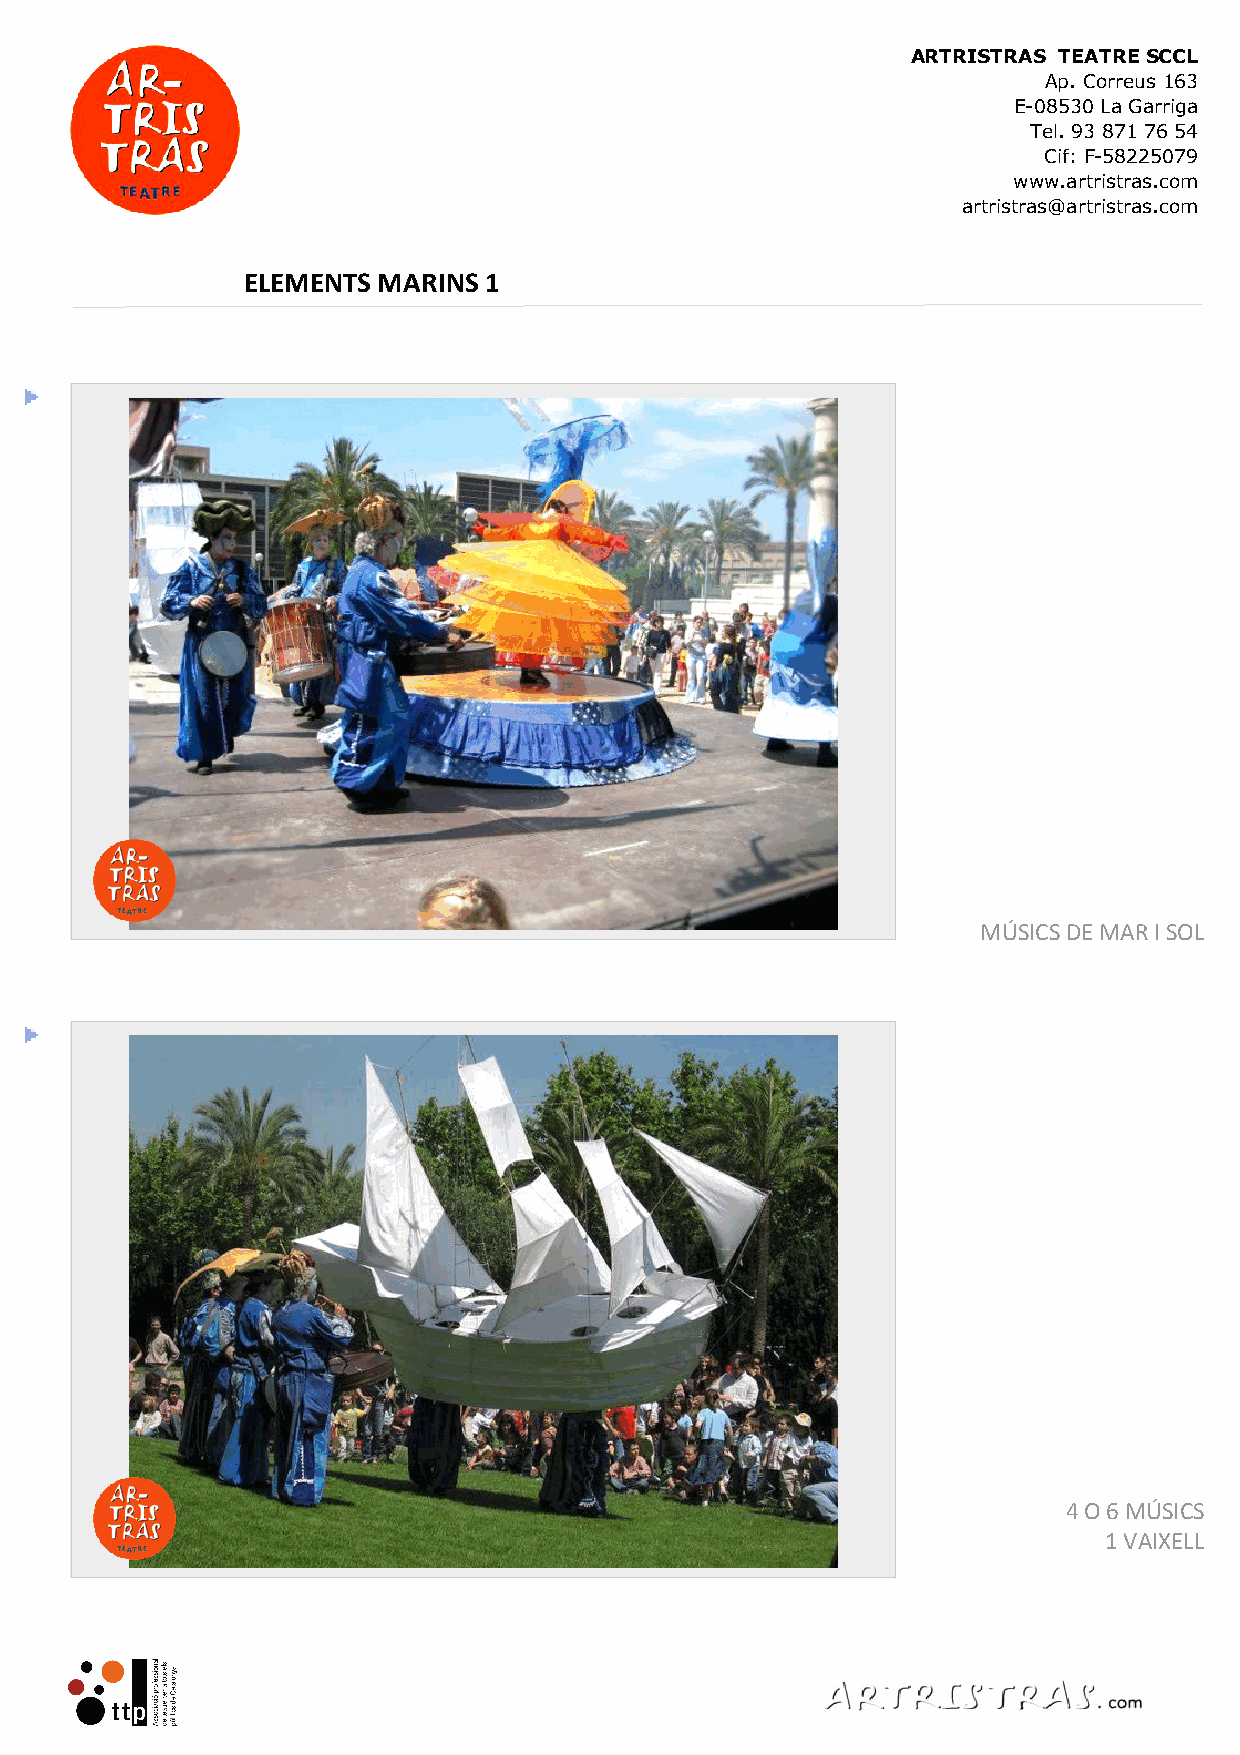
ARTRISTRAS TEATRE SCCL
 LLISTA     CAT    texte CAT
 Ap. Correus 163
 E-08530 La Garriga  FITXA      ESP    texte ESP
 Tel. 93 871 76 54
 Cif: F-58225079   FOTO       ENG    texte ENG
 www.artristras.com U
 artristras@artristras.com DOSSIER DEU    texte DEU
 ELEMENTS MARINS 1
 MÚSICS DE MAR I SOL
 4 O 6 MÚSICS
 1 VAIXELL